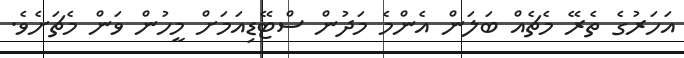
އަހަރުގެ ތެރޭ މެޗެއް ބަލަން އެންމެ މަދުން ސްޓޭޑިއަމަށް މީހުން ވަން މެޗަށެވެ.